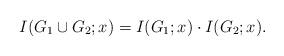
LaTeX: \begin{align*} I(G_1 \cup G_2; x) = I(G_1;x) \cdot I(G_2;x). \end{align*}